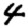
Digit: 4